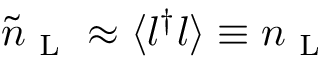
\tilde { n } _ { \mathrm { ~ L ~ } } \approx \langle { l ^ { \dagger } l } \rangle \equiv n _ { \mathrm { ~ L ~ } }